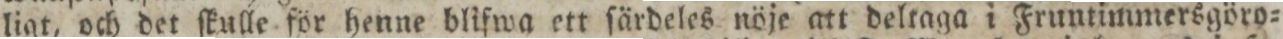
ligt, och det ſkulle för henne blifwa ett ſärdeles nöje att deltaga i Fruntimmersgöro=